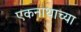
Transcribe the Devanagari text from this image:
एकनाथाच्या